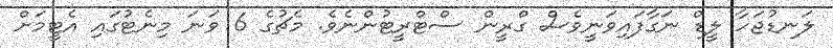
ލަނޑުޖަހާ ލީޑް ނަގާފައިވަނީވެސް ގްރީން ސްޓްރީޓުންނެވެ. މެޗުގެ 6 ވަނަ މިނެޓުގައި އެޓީމަށް